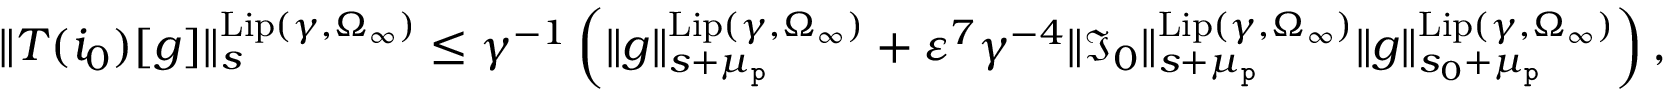
\begin{array} { r } { \rVert T ( i _ { 0 } ) [ g ] \rVert _ { s } ^ { \mathrm { L i p } ( \gamma , \Omega _ { \infty } ) } \le \gamma ^ { - 1 } \left( \rVert g \rVert _ { s + \mu _ { \mathtt { p } } } ^ { \mathrm { L i p } ( \gamma , \Omega _ { \infty } ) } + \varepsilon ^ { 7 } \gamma ^ { - 4 } \rVert \mathfrak { I } _ { 0 } \rVert _ { s + \mu _ { \mathtt { p } } } ^ { \mathrm { L i p } ( \gamma , \Omega _ { \infty } ) } \rVert g \rVert _ { s _ { 0 } + \mu _ { \mathtt { p } } } ^ { \mathrm { L i p } ( \gamma , \Omega _ { \infty } ) } \right) , } \end{array}